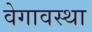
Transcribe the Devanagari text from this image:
वेगावस्था